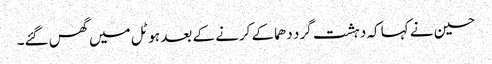
حسین نے کہا کہ دہشت گرد دھماکے کرنے کے بعد ہوٹل میں گھس گئے۔